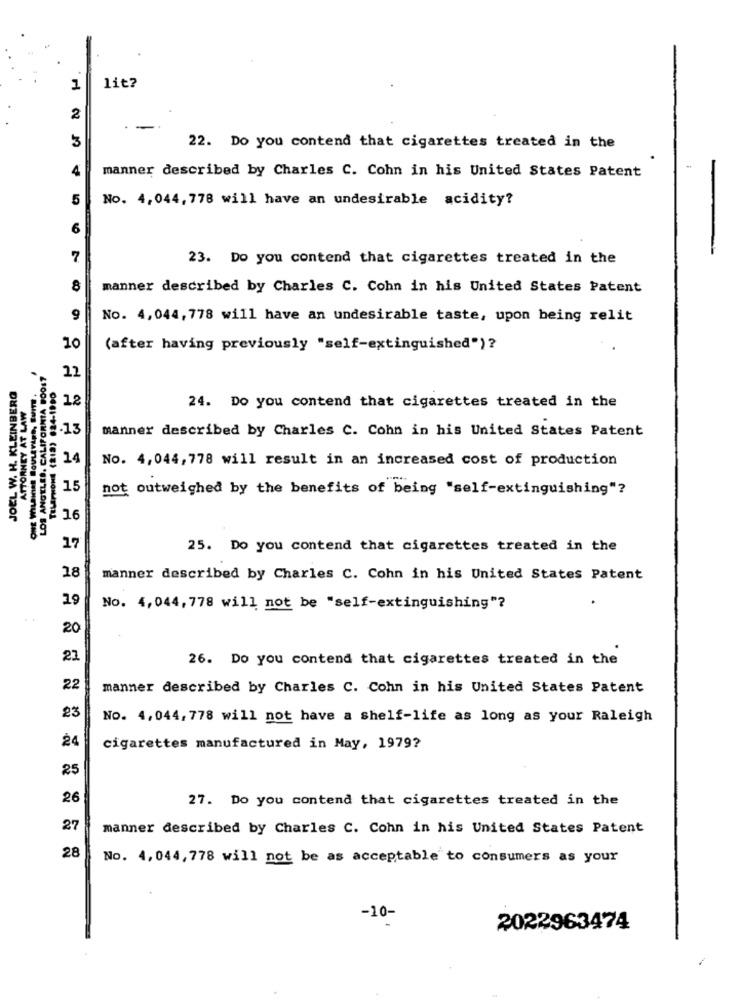
1
lit?
2
-
3
22. Do you contend that cigarettes treated in the
4
manner described by Charles C. Cohn in his United States Patent
-
5
No. 4,044, 778 will have an undesirable acidity?
6
7
23. Do you contend that cigarettes treated in the
8
manner described by Charles C. Cohn in his United States Patent
9
No. 4,044,778 will have an undesirable taste, upon being relit
10
(after having previously "self-extinguished")?
LOS ANGELES, CALIFORNIA BOOS?
22
JOEL W. H. KLEINBERG
12
24. Do you contend that cigarettes treated in the
8.13
manner described by Charles C. Cohn in his United States Patent
14
No. 4,044, 778 will result in an increased cost of production
15
not outweighed by the benefits of being "self-extinguishing"?
16
0861-980 (818) mowmal
17
25. Do you contend that cigarettes treated in the
18
manner described by Charles C. Cohn in his United States Patent
19
No. 4,044, 778 will not be "self-extinguishing"?
20
21
26. Do you contend that cigarettes treated in the
22
manner described by Charles C. Cohn in his United States Patent
23
No. 4,044, 778 will not have a shelf-life as long as your Raleigh
24
cigarettes manufactured in May, 1979?
25
26
27. Do you contend that cigarettes treated in the
27
manner described by Charles C. Cohn in his United States Patent
28
No. 4,044, 778 will not be as acceptable to consumers as your
-10-
2022963474